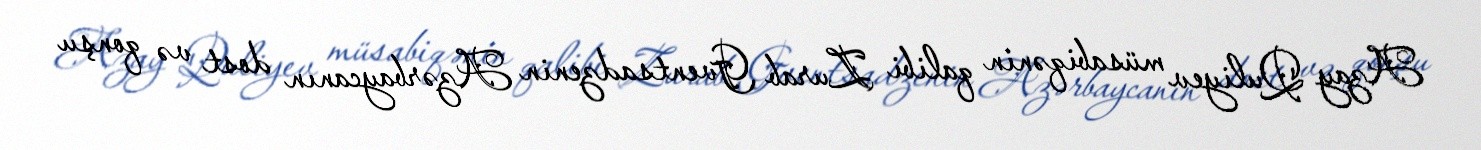
Azay Quliyev müsabiqənin qalibi Zurab Gventsadzenin Azərbaycanın dost və qonşu